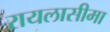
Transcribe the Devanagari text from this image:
रायलासीमा